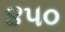
૪૫૦